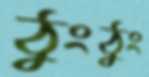
ঠুংঠুং